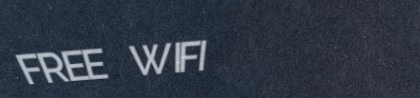
FREE WIFI